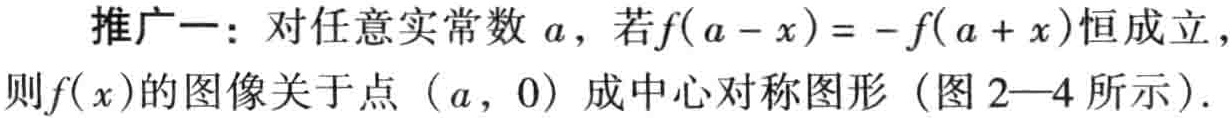
推广一：对任意实常数 \(a\)，若\(f(a - x)= - f(a + x)\)恒成立，则\(f(x)\)的图像关于点\((a,0)\)成中心对称图形（图2—4所示）.